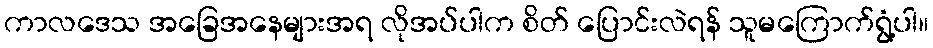
ကာလဒေသ အခြေအနေများအရ လိုအပ်ပါက စိတ် ပြောင်းလဲရန် သူမကြောက်ရွံ့ပါ။